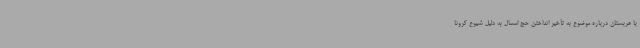
با عربستان درباره موضوع به تأخیر انداختن حج امسال به دلیل شیوع کرونا